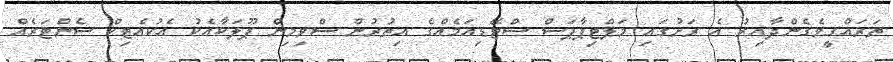
ތަރައްގީވެގެންދާއިރު އެ ރަށުގައި މަލްޓިޕާޕަސް ސްޓޭޑިއަމެއްގެ އިތުރުން ސްވިމިން ޕޫލަކާއެކު އެކުއެޓިކް ސެންޓަރެއް